Vaccine operations Central Provinces 1886-1899 - 1886-1899
Year: 1886
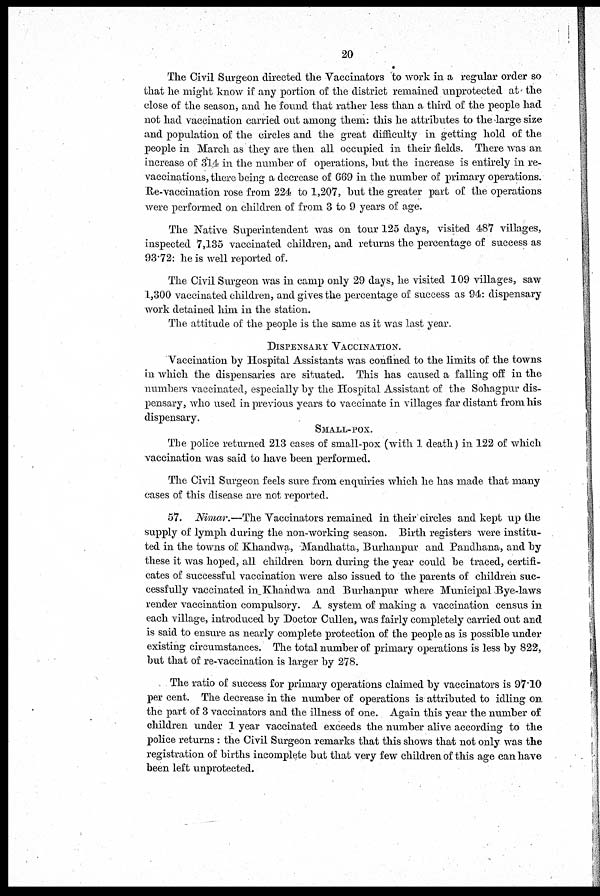
20
The Civil Surgeon directed the Vaccinators to work in a regular order so
that he might know if any portion of the district remained unprotected at the
close of the season, and he found that rather less than a third of the people had
not had vaccination carried out among them: this he attributes to the large size
and population of the circles and the great difficulty in getting hold of the
people in March as they are then all occupied in their fields. There was an
increase of 314 in the number of operations, but the increase is entirely in re-
vaccinations, there being a decrease of 669 in the number of primary operations.
Re-vaccination rose from 224 to 1,207, but the greater part of the operations
were performed on children of from 3 to 9 years of age.
The Native Superintendent was on tour 125 days, visited 487 villages,
inspected 7,135 vaccinated children, and returns the percentage of success as
93.72. he is well reported of.
The Civil Surgeon was in camp only 29 days, he visited 109 villages, saw
1,300 vaccinated children, and gives the percentage of success as 94: dispensary
work detained him in the station.
The attitude of the people is the same as it was last year.
DISPENSARY VACCINATION.
Vaccination by Hospital Assistants was confined to the limits of the towns
in which the dispensaries are situated. This has caused a falling off in the
numbers vaccinated, especially by the Hospital Assistant of the Sohagpur dis¬
pensary, who used in previous years to vaccinate in villages far distant from his
dispensary.
SMALL-POX.
The police returned 213 cases of small-pox (with 1 death) in 122 of which
vaccination was said to have been performed.
The Civil Surgeon feels sure from enquiries which he has made that many
cases of this disease are not reported.
57. Nimar.—The Vaccinators remained in their circles and kept up the
supply of lymph during the non-working season. Birth registers were institu-
ted in the towns of Khandwa, Mandhatta, Burhanpur and Pandhana, and by
these it was hoped, all children born during the year could be traced, certifi-
cates of successful vaccination were also issued to the parents of children suc-
cessfully vaccinated in Khandwa and Burhanpur where Municipal Bye-laws
render vaccination compulsory. A system of making a vaccination census in
each village, introduced by Doctor Cullen, was fairly completely carried out and
is said to ensure as nearly complete protection of the people as is possible under
existing circumstances. The total number of primary operations is less by 822,
but that of re-vaccination is larger by 278.
The ratio of success for primary operations claimed by vaccinators is 97.10
per cent. The decrease in the number of operations is attributed to idling on
the part of 3 vaccinators and the illness of one. Again this year the number of
children under 1 year vaccinated exceeds the number alive according to the
police returns : the Civil Surgeon remarks that this shows that not only was the
registration of births incomplete but that very few children of this age can have
been left unprotected.